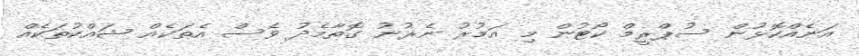
އަނެއްކޮޅުން ސުޕްރީމް ކޯޓުން މި އަމުރު ނެރުނު ގޮތާމެދު ވެސް އެތަކެއް ޝައްކުތަކެއް